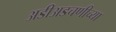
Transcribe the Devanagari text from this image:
अडीअडचणीच्या